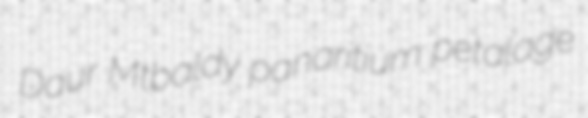
Daur Mtbaldy panaritium petalage